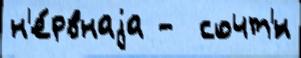
н'е́рвнаjа -  сочт'́н